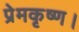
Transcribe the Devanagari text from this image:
प्रेमकृष्ण।